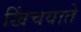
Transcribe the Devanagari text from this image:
खिंचवाते